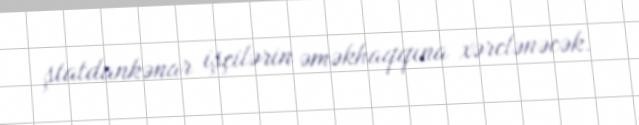
ştatdankənar işçilərin əməkhaqqına xərclənəcək.